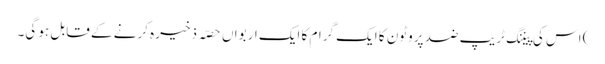
) اس کی پیننگ ٹریپ ضد پروٹون کا ایک گرام کا ایک اربواں حصّہ ذخیرہ کرنے کے قابل ہو گی۔